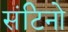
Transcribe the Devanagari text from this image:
संटिनो